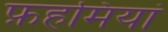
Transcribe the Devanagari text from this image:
फ़हमियां